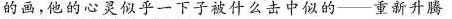
的画，他的心灵乎一下子被什么击中似的--重新升腾